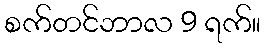
စက်တင်ဘာလ 9 ရက်။